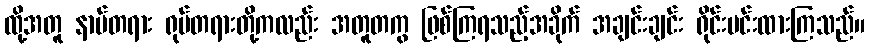
ထို့အတူ နာမ်တရား ရုပ်တရားတို့ကလည်း အတူတကွ ဖြစ်ကြရသည့်အခိုက် အချင်းချင်း ရိုင်းပင်းထားကြသည်။